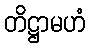
တိဋ္ဌာမဟံ